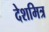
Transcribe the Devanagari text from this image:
देशमित्र